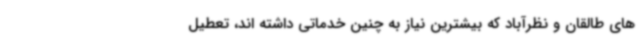
های طالقان و نظرآباد که بیشترین نیاز به چنین خدماتی داشته اند، تعطیل